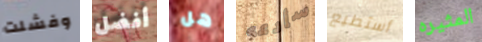
وفشلت أفضل هل سأدعه أستطيع المثيره